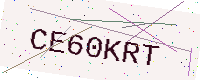
Text: CE60KRT